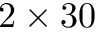
2 \times 3 0